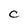
Character: C